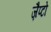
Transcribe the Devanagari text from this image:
ज़ैप्टो